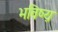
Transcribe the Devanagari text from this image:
भविष्य़